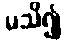
မသိ၍